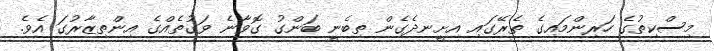
މިސްކިތުގެ ހަރިންމައިގެ ތެރޭގައި އިށީނދެގެން ތިބެނީ ބަންގު ގޮވާނެ ވަގުތެއްގެ އިންތިޒާރުގަ އެވެ.